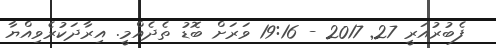
ފެބުރުއަރީ 27